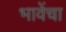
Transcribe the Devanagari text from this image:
भावेंचा